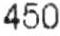
450